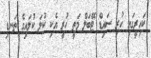
ކައިރީގައި ހުރި ސައިޑް ޓޭބަލް މަތީ ހުރީ އެކި ކުލަ ކުލައިގެ ތަނޑި